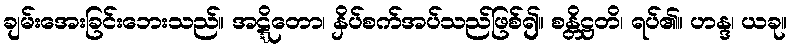
ချမ်းအေးခြင်းဘေးသည်။ အဋ္ဋိတော၊ နှိပ်စက်အပ်သည်ဖြစ်၍။ စန္တိဋ္ဌတိ၊ ရပ်၏။ ဟန္ဒ၊ ယခု။